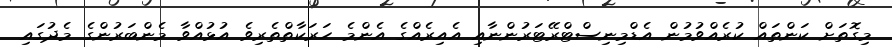
މިގޮތަށް ކަންތައް ކުރެއްވުމުން އެޑްމިނިސްޓްރޭޓަރުންނާއި އެއިރެއްގެ އެންމެ ހަރަކާތްތެރިވެ އުޅުއްވާ މެންބަރުންގެ މެދުގައި